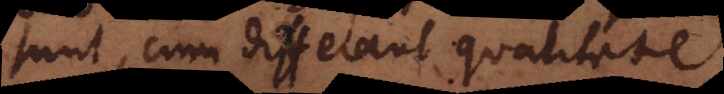
sunt, cum differant qualitate